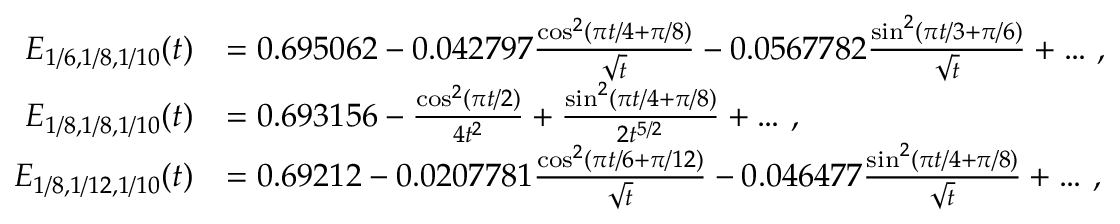
\begin{array} { r l } { E _ { 1 / 6 , 1 / 8 , 1 / 1 0 } ( t ) } & { = 0 . 6 9 5 0 6 2 - 0 . 0 4 2 7 9 7 \frac { \cos ^ { 2 } ( \pi t / 4 + \pi / 8 ) } { \sqrt { t } } - 0 . 0 5 6 7 7 8 2 \frac { \sin ^ { 2 } ( \pi t / 3 + \pi / 6 ) } { \sqrt { t } } + \dots \, , } \\ { E _ { 1 / 8 , 1 / 8 , 1 / 1 0 } ( t ) } & { = 0 . 6 9 3 1 5 6 - \frac { \cos ^ { 2 } ( \pi t / 2 ) } { 4 t ^ { 2 } } + \frac { \sin ^ { 2 } ( \pi t / 4 + \pi / 8 ) } { 2 t ^ { 5 / 2 } } + \dots \, , } \\ { E _ { 1 / 8 , 1 / 1 2 , 1 / 1 0 } ( t ) } & { = 0 . 6 9 2 1 2 - 0 . 0 2 0 7 7 8 1 \frac { \cos ^ { 2 } ( \pi t / 6 + \pi / 1 2 ) } { \sqrt { t } } - 0 . 0 4 6 4 7 7 \frac { \sin ^ { 2 } ( \pi t / 4 + \pi / 8 ) } { \sqrt { t } } + \dots \, , } \end{array}